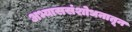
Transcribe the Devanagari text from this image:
अभ्याससंशोधनातून